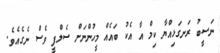
ނަސީބު ރަނގަޅިއްޔާ ކިމް އާ އެކު ބައެއް މީހުންނަށް ސެލްފީ ވެސް ނެގެއެވެ.